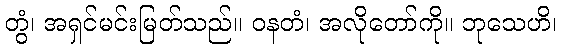
တွံ၊ အရှင်မင်းမြတ်သည်။ ဝနတံ၊ အလိုတော်ကို။ ဘုသေဟိ၊